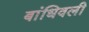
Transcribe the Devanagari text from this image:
बांधिवली